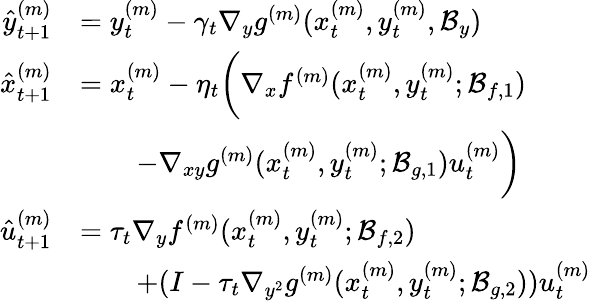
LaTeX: \begin{array}{rl}{\hat{y}_{t+1}^{(m)}}&{=y_{t}^{(m)}-\gamma_{t}\nabla_{y}g^{(m)}(x_{t}^{(m)},y_{t}^{(m)},\mathcal{B}_{y})}\\ {\hat{x}_{t+1}^{(m)}}&{=x_{t}^{(m)}-\eta_{t}\bigg(\nabla_{x}f^{(m)}(x_{t}^{(m)},y_{t}^{(m)};\mathcal{B}_{f,1})}\\ &{\qquad-\nabla_{xy}g^{(m)}(x_{t}^{(m)},y_{t}^{(m)};\mathcal{B}_{g,1})u_{t}^{(m)}\bigg)}\\ {\hat{u}_{t+1}^{(m)}}&{=\tau_{t}\nabla_{y}f^{(m)}(x_{t}^{(m)},y_{t}^{(m)};\mathcal{B}_{f,2})}\\ &{\qquad+(I-\tau_{t}\nabla_{y^{2}}g^{(m)}(x_{t}^{(m)},y_{t}^{(m)};\mathcal{B}_{g,2}))u_{t}^{(m)}}\end{array}